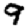
Digit: 9